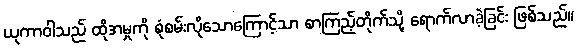
ယုကာဝါသည် ထိုအမှုကို စုံစမ်းလိုသောကြောင့်သာ စာကြည့်တိုက်သို့ ရောက်လာခဲ့ခြင်း ဖြစ်သည်။